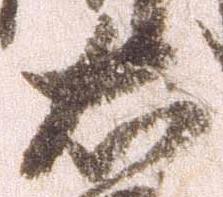
右